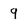
Character: 9